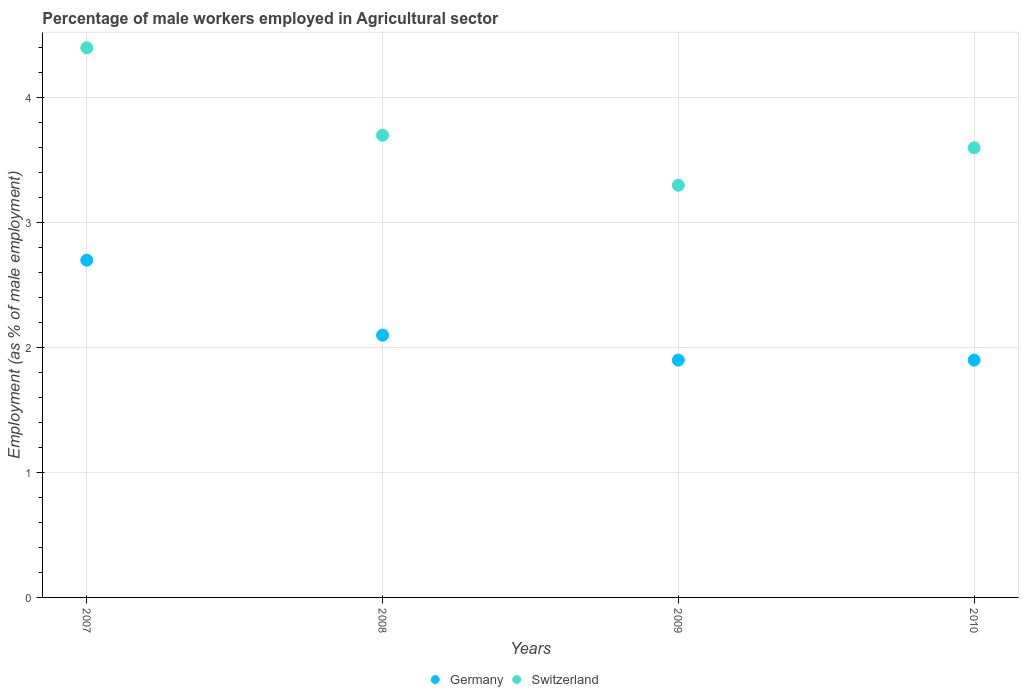
| Years | Germany | Switzerland |
 | --- | --- | --- |
 | 2007 | 2.7 | 4.4 |
 | 2008 | 2.1 | 3.7 |
 | 2009 | 1.9 | 3.3 |
 | 2010 | 1.9 | 3.6 |